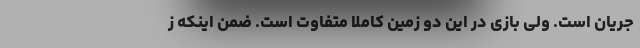
جریان است. ولی بازی در این دو زمین کاملاً متفاوت است. ضمن اینکه ز